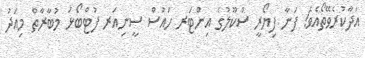
އަދާކުރެވޭތޯއެވެ! ފަނާ ފިޔޯރީ ސްކޫލުގެ އިންޓަރ ހައުސް ސީނިއަރ ފުޓްބޯޅަ މުބާރާތް މިއަދު